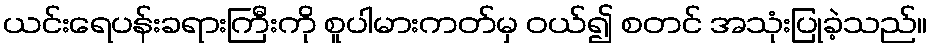
ယင်းရေပန်းခရားကြီးကို စူပါမားကတ်မှ ဝယ်၍ စတင် အသုံးပြုခဲ့သည်။